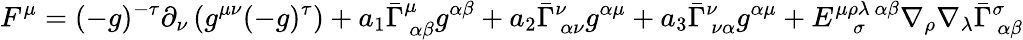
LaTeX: F^{\mu}=(-g)^{-\tau}\partial_{\nu}\left(g^{\mu\nu}(-g)^{\tau}\right)+a_{1}\bar{\Gamma}_{~\alpha\beta}^{\mu}g^{\alpha\beta}+a_{2}\bar{\Gamma}_{~\alpha\nu}^{\nu}g^{\alpha\mu}+a_{3}\bar{\Gamma}_{~\nu\alpha}^{\nu}g^{\alpha\mu}+E_{~~~~\sigma}^{\mu\rho\lambda~\alpha\beta}\nabla_{\rho}\nabla_{\lambda}\bar{\Gamma}_{~\alpha\beta}^{\sigma}